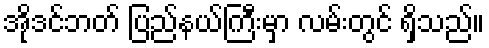
အိုဒင်ဘတ် ပြည်နယ်ကြီးမှာ လမ်းတွင် ရှိသည်။